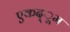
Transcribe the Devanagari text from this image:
एकद्ूम